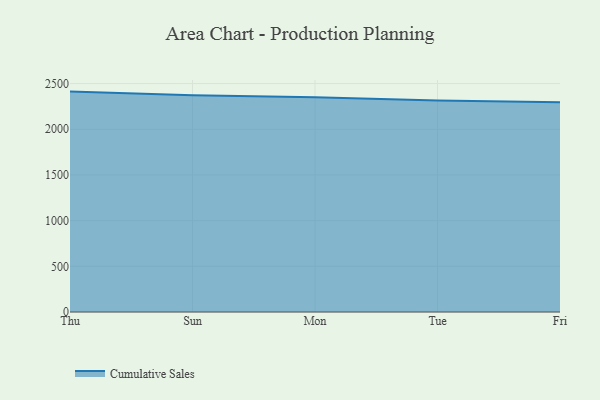
{"axis": {"x": "Day", "y": "Inventory Turnover"}, "legend": ["Cumulative Sales"], "data": [{"x": "Thu", "y": 2412.1, "type": "Cumulative Sales"}, {"x": "Sun", "y": 2371.6, "type": "Cumulative Sales"}, {"x": "Mon", "y": 2349.8, "type": "Cumulative Sales"}, {"x": "Tue", "y": 2314.4, "type": "Cumulative Sales"}, {"x": "Fri", "y": 2296.3, "type": "Cumulative Sales"}]}